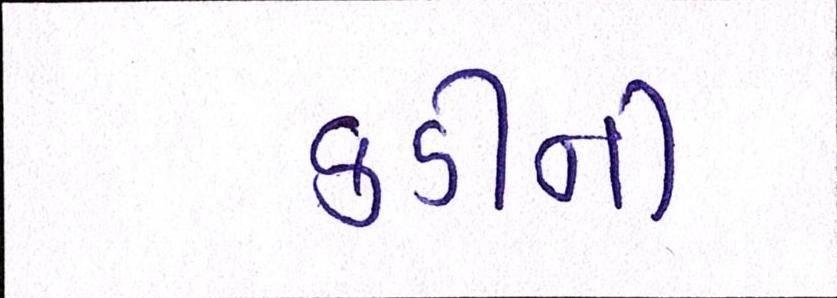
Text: કડીની